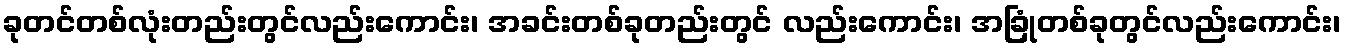
ခုတင်တစ်လုံးတည်းတွင်လည်းကောင်း၊ အခင်းတစ်ခုတည်းတွင် လည်းကောင်း၊ အခြုံတစ်ခုတွင်လည်းကောင်း၊